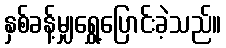
နှစ်ခန့်မျှရွှေ့ပြောင်းခဲ့သည်။